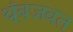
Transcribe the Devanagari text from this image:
थ्ंबजवत